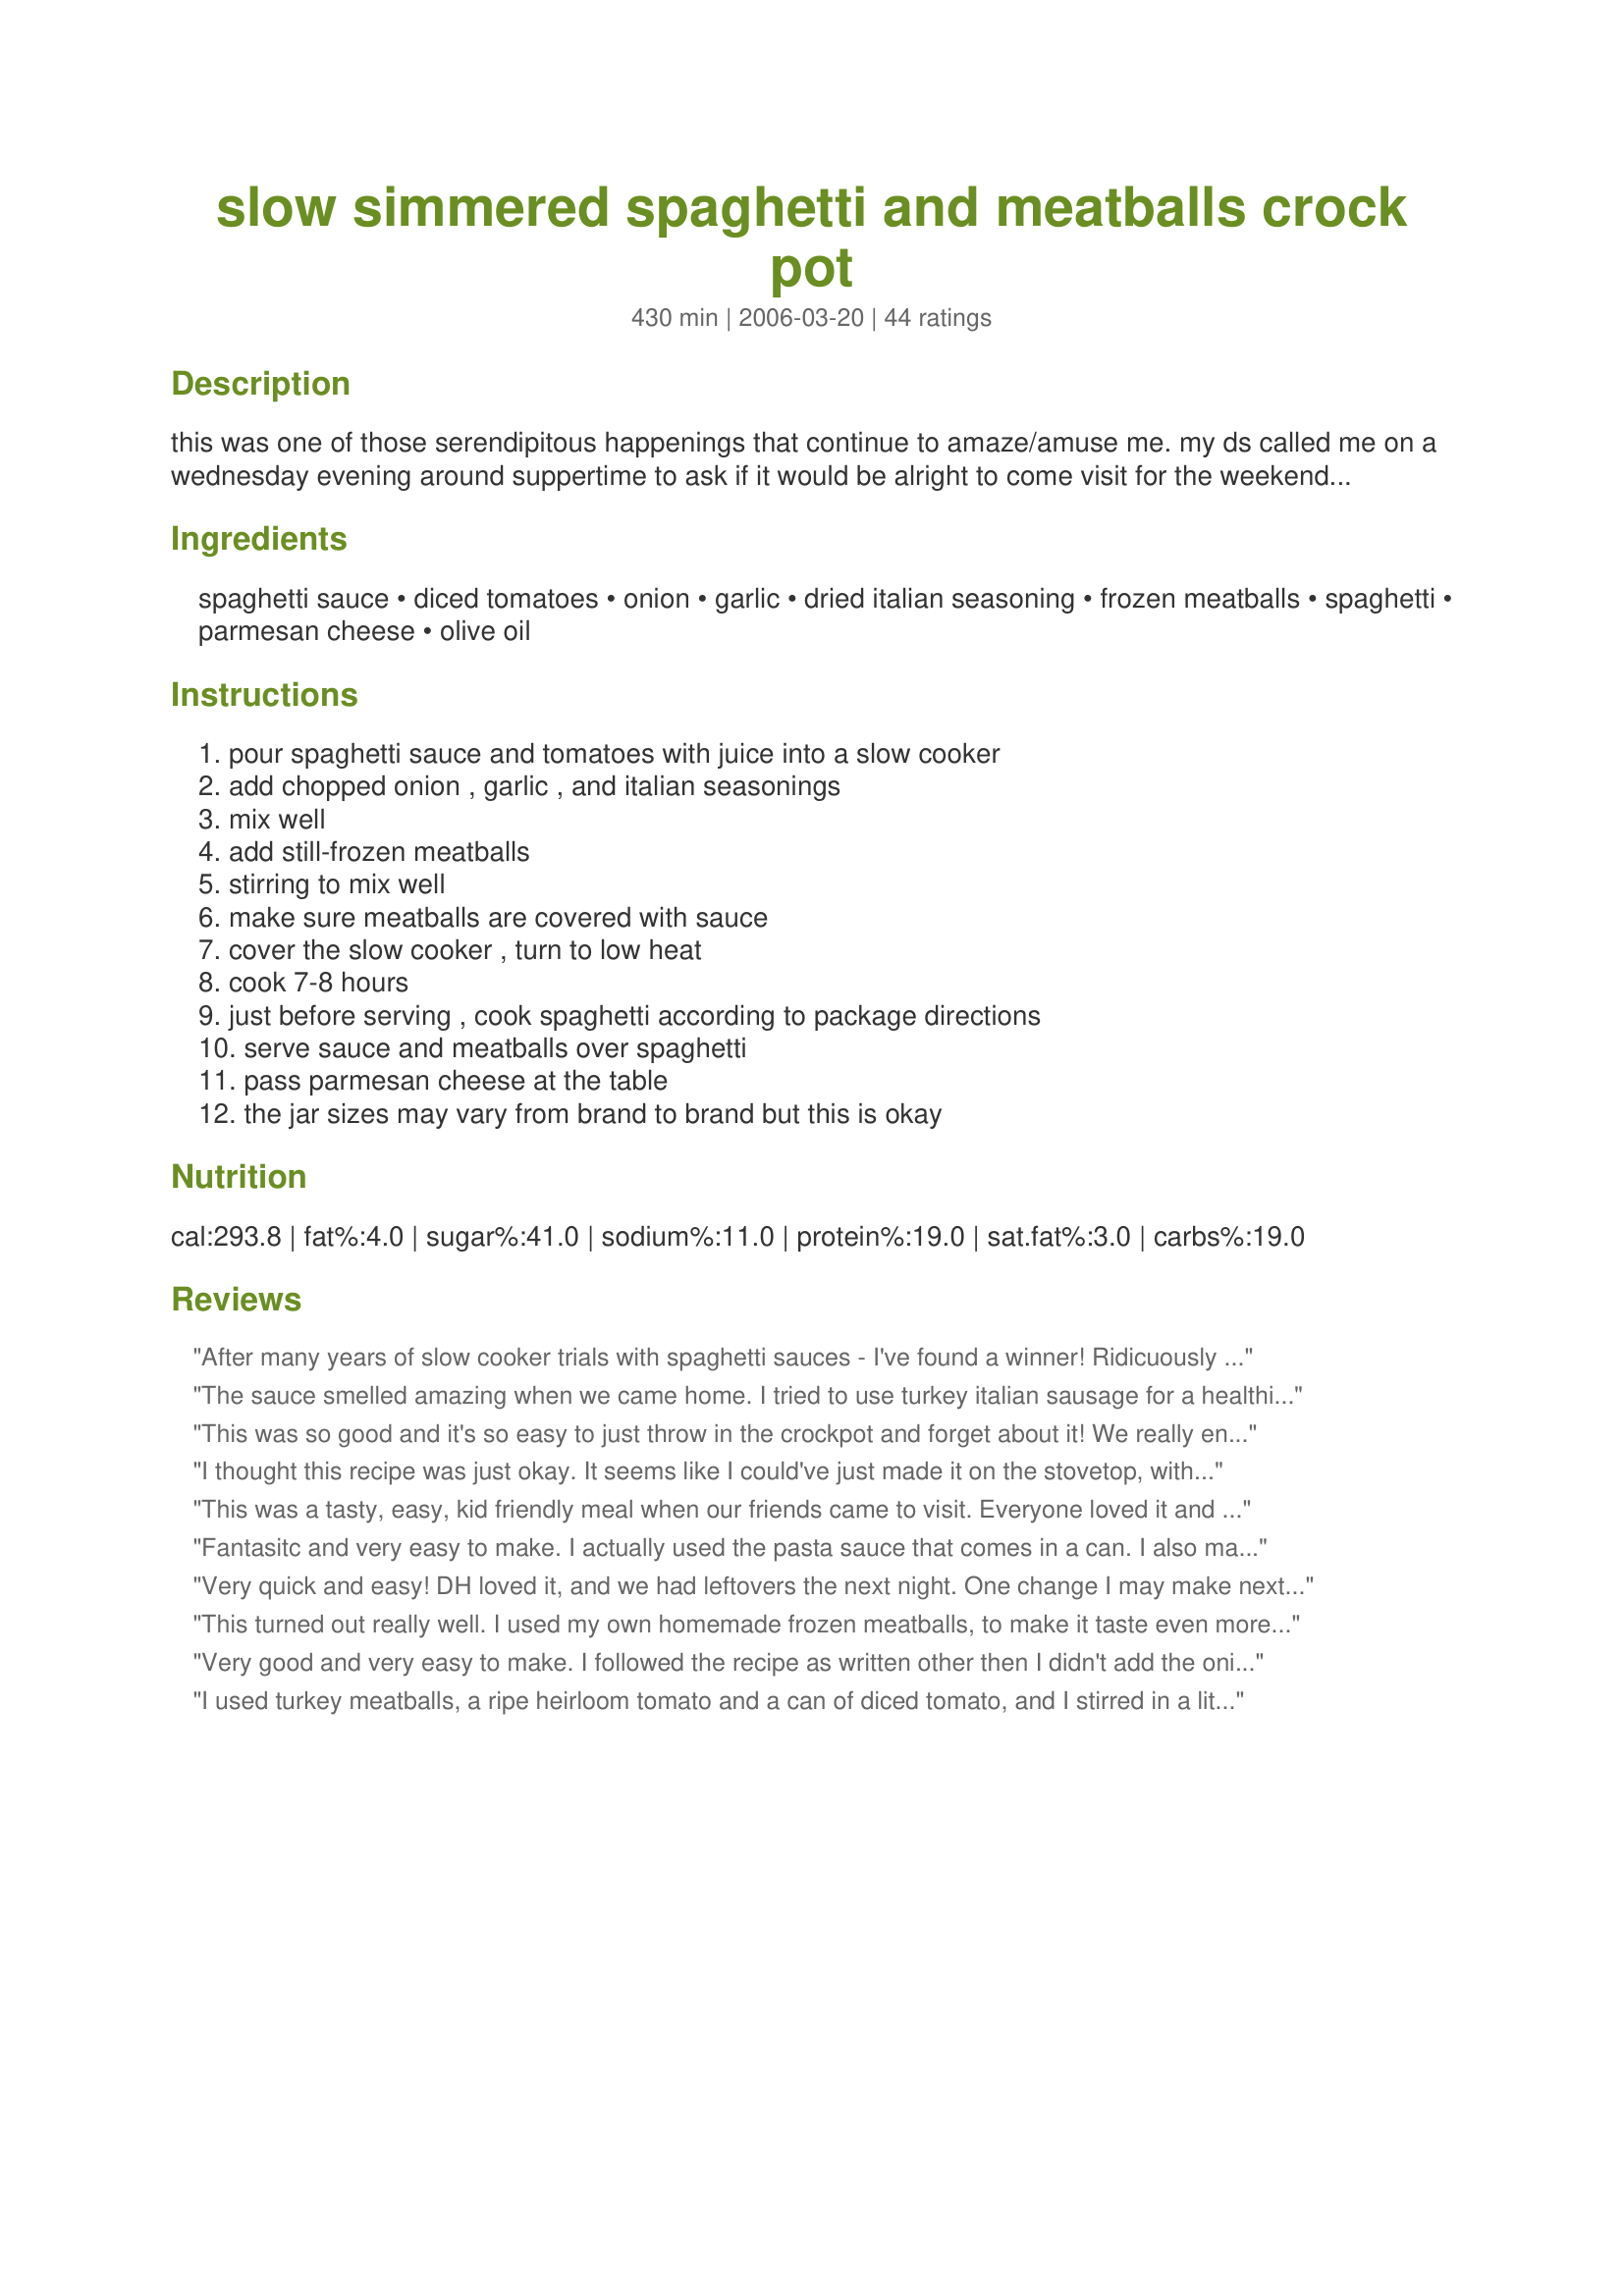
slow simmered spaghetti and meatballs crock pot
Preparation time: 430 minutes

this was one of those serendipitous happenings that continue to amaze/amuse me. my ds called me on a wednesday evening around suppertime to ask if it would be alright to come visit for the weekend, bringing his boys. they would arrive friday at suppertime. since i knew that dd and her family would want to be included for dinner to give her more time to visit w/ her brother over the weekend... i suddenly went from "just me" for dinner to "eight" for dinner! what to fix at the last minute like this??? a while later i was reading the paper and came across this recipe in the food section and thought: ah ha! dinner! i bought the ingredients after work on thursday and, friday morning, everything went into the crock pot (i made a double batch). when i got home after work, i made a salad, wrapped bakery italian bread in foil to heat in the oven, and started the water boiling for the spaghetti. everyone loved it, as i did too, and the leftovers were scarfed up by the grand kids the next day for lunch. age ranges of diners were 18 months up to ... well, let's just say i'm a grandmother of five! this will definitely be a repeater at my house! (recipe courtesy of b. mills & a. ross of "desperation dinners" column in the raleigh nc news & observer.)

Ingredients:
spaghetti sauce, diced tomatoes, onion, garlic, dried italian seasoning, frozen meatballs, spaghetti, parmesan cheese, olive oil

Steps:
pour spaghetti sauce and tomatoes with juice into a slow cooker, add chopped onion , garlic , and italian seasonings, mix well, add still-frozen meatballs, stirring to mix well, make sure meatballs are covered with sauce, cover the slow cooker , turn to low heat, cook 7-8 hours, just before serving , cook spaghetti according to package directions, serve sauce and meatballs over spaghetti, pass parmesan cheese at the table, the jar sizes may vary from brand to brand but this is okay

Reviews:
After many years of slow cooker trials with spaghetti sauces - I've found a winner! Ridicuously easy to prepare and the taste was outstanding. I would add some sugar into the crockpot the next time I make this for a better balance to the italian seasonings and all the full bodied tomato flavor going on. I used Classico's Cabernet Marinara with Fresh Herbs pasta sauce. Magnificio!
The sauce smelled amazing when we came home. I tried to use turkey italian sausage for a healthier spin- but it wasn't my favorite. Next time- I'll use meatballs. Thanks for the recipe!
This was so good and it's so easy to just throw in the crockpot and forget about it! We really enjoyed this with some crusty garlic bread and will definitely be making again!! Thanks for sharing this!
I thought this recipe was just okay. It seems like I could've just made it on the stovetop, with a much shorter cooking time. I used Ragu traditional sauce with Armour Italian-style meatballs. I probably won't make this again, but thanks for the recipe anyway.
This was a tasty, easy, kid friendly meal when our friends came to visit. Everyone loved it and they even took the recipe home with them. It doubled easily for my large crockpot.
Thanks for sharing!
Fantasitc and very easy to make. I actually used the pasta sauce that comes in a can. I also made my own meatballs. I think the long, slow cook time really brings out all of the flavor in the sauce. Thanks for sharing your recipe find with us.
Very quick and easy! DH loved it, and we had leftovers the next night. One change I may make next time is to saute the onion before adding to the crock-pot, but it's definitely a keeper!
This turned out really well. I used my own homemade frozen meatballs, to make it taste even more "from scratch". The amount of onions gave me pause - when I mixed the full cup in, it looked like way too much onion. But they cooked down into the finished product and it turned out wonderful.
Very good and very easy to make. I followed the recipe as written other then I didn't add the onion. I used ragu spaghetti sauce. I only cooked this for four hours on low. We all really enjoyed this. What a great way to fix up a jar of ragu! This was so easy to throw together in the morning and I love that this is made with ingredients that I always have on hand. Will be made again.
I used turkey meatballs, a ripe heirloom tomato and a can of diced tomato, and I stirred in a little bit of truffle oil a few minutes before serving the sauce. It was delicious! Thanks for posting the recipe.
Made this over the weekend and loved it. It doesn't get much easier than this. I love how tender the meatballs turned out cooking them this way. Thanks for the recipe.
It doesn't get any easier than this and taste like you've been working on it all day. I made meatball sandwiches topped with melted provalone cheese with the leftovers. Thanks so much for sharing a recipe I will use often.
Good spaghetti. And easy too. Some of our kids were coming over for the weekend and this was great to cook slowly all day until they showed up. Thanks Impera for a simple and tasty dish. Made for I Recommend tag game.
Loved this recipe! How could something this good be so easy?! I used Newman's Own marinara and whole wheat pasta. The recipe makes a lot! I mixed the noodles right in with the sauce and meatballs and reheated it the next day. It was awesome! Make some homemade garlic bread and a salad for an easy meal!
AWESOME! It was so fast and easy and DELICIOUS! It did not last very long. I will definitely make again!
Love these crock pot recipes! I often do sauce and meatballs in the crockpot, but you have taken it and enhanced the flavor one step more, by adding just a few simple ingredients. I used my MIL home canned spaghetti sauce, which is delish anyhow, followed your recipe and it came out even better if that is possible. Thank you so much, this will be a keeper. I did add a little sugar to the sauce for sweetness. Thanks for posting.
The sauce turned out great, i added mushrooms and some freshly chopped tomatoes.
Not sure what it was, but I did not find this anything but jar sauce with frozen meatballs. Other than having the meatballs already done for you, why not make the sauce from scratch. Guess I am an Italian at heart. Love the home made sauce! Just not my kind of recipe, sorry.
Really easy and good. I used packaged meatballs, but would consider trying this with frozen homemade meatballs also. Smells wonderful while cooking, and eliminates the need to watch a slow-simmering sauce.
I liked this sauce a lot. I love crockpot meals and finding a meatball sauce was a bonus. I added peppers and mushrooms to mine. It would be great as a vegetarian sauce too with yellow squash and zuchinni. Thanks!
Made this for Christmas celebration and had a crockpot of spaghetti and a crockpot of sauce and meatballs with garlic bread and a salad. Was wonderful! Care free and was able to enjoy dinner too!
Easy, takes no time to put together and tastes hearty enough for all! The only change we made was to add a tsp of basil and a splash of dry red wine. Tasted fabulous. Thanks for an easy recipe...and the leftovers are good too :)
Wow! The best pasta sauce I have ever had. Everyone agreed to always cook it this way from now on!
This is my favorite super easy no fuss meal. Thanks a lot!!
Awesome, absolutely awseome, it tasted liked I spent hours making this from scratch. I used Armour Italian Style Meatballs, Prego Original sauce, and Publix brand Diced Italian Tomatoes. I made no changes other than using 2 fresh garlic cloves chopped up instead of bottled minced garlic. "You could fool anybody with this!!"
This is so delicious, and easy and the kind of recipe I look for to feed my kids when I have to work all day!!! Got 3 ratings of "5 stars" from the kids...I'm keeping this one as a definite "KEEPER" in my family! Thank you for sharing this wonderful, simple, meal Impera!!! (Oh, I used Prego brand spaghetti sauce, because it's slightly sweeter than the others I've tried, like Ragu.) :)
SOOOO good and SOOOO easy!!! Making it tonight (for the 100th time). We all love spaghetti and meatballs, but I hate standing there cooking it in a pan (it always splatters on my shirts). So not only is this recipe SUPER good, but it's cleaner!!!! It doesn't seem like just adding a can of tomatoes and some spices could change it much, but it does. I used Del Monte basil, garlic & oregano diced tomatoes and then Bertolli tomato and basil spaghetti sauce. Comes out GREAT!!!!!
My search for "Good Spaghetti Sauce" is over. This is the best ever, and it is extra easy besides! I served it for family and heard raves and requests for the recipe. I used Ragu Super Chunky Mushroom for the jar of sauce, and plain homestyle frozen meatballs.
When I told my sister today that I was making spaghetti & meatballs in the crockpot with frozen meatballs she was shocked. The one recipe I'm known for is my made from scratch S+MB's that takes about the same amount of time but requires much more attention and many more steps to cook. Have to admit I was skeptical too. It was just too easy. Used Rosina's Italian Style Frozen Meatballs. Other than adding a few more meatballs than called for I followed the recipe as written. Smelled heavenly while cooking. Was delicate but hearty at the same time. Even though this was delicious as is I think I might try fresh minced garlic and just a touch of sugar next time to make it a little more like my own with much less effort. Used a Reynolds Slow Cooker Liner for easy clean up. Thanks lazyme for a great recipe!
Yummy! Super club loved it and it was super easy. Doubled the recipe, added mushrooms. Don't buy italian seasoning so i made it up... it turned out fantastic, thank you soooo much!
YUM! My whole (extended) family loved this! They thought I slaved for hours over this, but what could be easier? Thanks for sharing!
Very easy and tasty dish. About 1 hour before it was done I threw in 2 oz of sliced mushrooms that I needed to use up before they went bad. A great fix and forget about it while busy working around the house recipe. It's a keeper. Thanks Imper_Magna for posting.
Wonderful and so easy! I used basil instead of Italian seaoning and added some mushrooms, sliced plus used fresh garlic. yummy and perfect at the end of the day! Thanks for sharing!
I'm making this for the second time today. what a great recipe. I have made slight modifications, for my own taste, I use 3 cans diced tomato, and no sauce, as I prefer the "fresher" taste of the canned tomato., and I also use about 30 meatballs, or a whole lb, as 3/4lb doesn't seem like enough for 6 servings.
SUPER TASTY and SUPER EASY!. Was worried that this would be watery in the crockpot, but quite the contrary. I used Ragu chunky sauce and only had crushed tomatoes and it turned out absolutely delicious and chunky thick! The kids ate it up and more! Thanks soooo much for this. It's a keeper. Wouldn't change anything.
This is a great recipe! I made as directed, except for using Italian turkey meatballs. My hubby and 2 sons loved, loved, love it! Thanks for keeper!
This is the second time I have made this sauce.
I like the fact that it is so easy and quick to put together.
It had a good flavor but was a bit tart for my taste.
This time I added a 1/2 cup of wine and some sugar to sweeten it.
Every ones taste is different when it comes to pasta sauce.
Just a slight change and boy did we like it.
I loved how easy this was to throw together in the morning and come home to a house that smelled SO good! I did make just a couple of changes for my family's tastes. Instead of diced tomatoes I used a second can of Hunt's Traditional Spaghetti sauce and used onion powder instead of onion. We like our sauce a bit sweeter so I added 2 tablespoons of brown sugar. My almost 3-year old twin granddaughters ate adult portions of this meal and everyone loved it!
Love this recipe, I use it time and time again with great results. Quick prep time is an added bonus.
I always made my red-sauce from scratch, but with 3 children now I find the time difficult to do so. This fits the bill and my family LOVES it! Just as good as the stuff I make from scratch, and that&#039;s coming from a red-sauce snob. I always add: 1.5tsp sugar, 1tsp basil, an additional 1tbs garlic and 1/4 tsp crushed red pepper flakes, along with salt needed. I buy Italian meatballs, and the flavors all melt together so nicely!
AWESOME! :) This recipe is SO quick and SO yummy! DH loved it as did I. We're putting this into our regular rotation. It'd be a great one for company too! I followed exactly and wouldn't change a thing --- thank you so much for this keeper, it's a STAR!
Thought this was a great easy recipe that makes a homemade-like sauce. I let it cook for about 8-1/2 to 9 hrs. while I was at work and it did fine. Nice to just come home, boil some spaghetti, make a salad and heat up some garlic bread. Will definitely make again. I couldn't find diced stewed tomatoes, so I used regular stewed tomatoes, which my hubby thought made the sauce have too many chunks of tomatoes--which was OK with me, but next time, I will try to hunt down the diced stewed ones or will just use plain diced tomatoes.
I love crock pot cooking and spaghetti is great in the crock pot. I liked the simplicity of this meal and it tasted great too! I used recipe#69173 instead of frozen, otherwise followed recipe. Thank you so much for sharing this recipe with us, its wonderful.
This is the easiest spaghetti sauce I've ever made and we were delighted with the results. Made a crisp green salad and Cheesy French Bread #135831 as sides.
